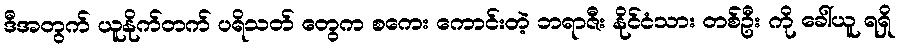
ဒီအတွက် ယူနိုက်တက် ပရိသတ် တွေက စကေး ကောင်းတဲ့ ဘရာဇီး နိုင်ငံသား တစ်ဦး ကို ခေါ်ယူ ရရှိ